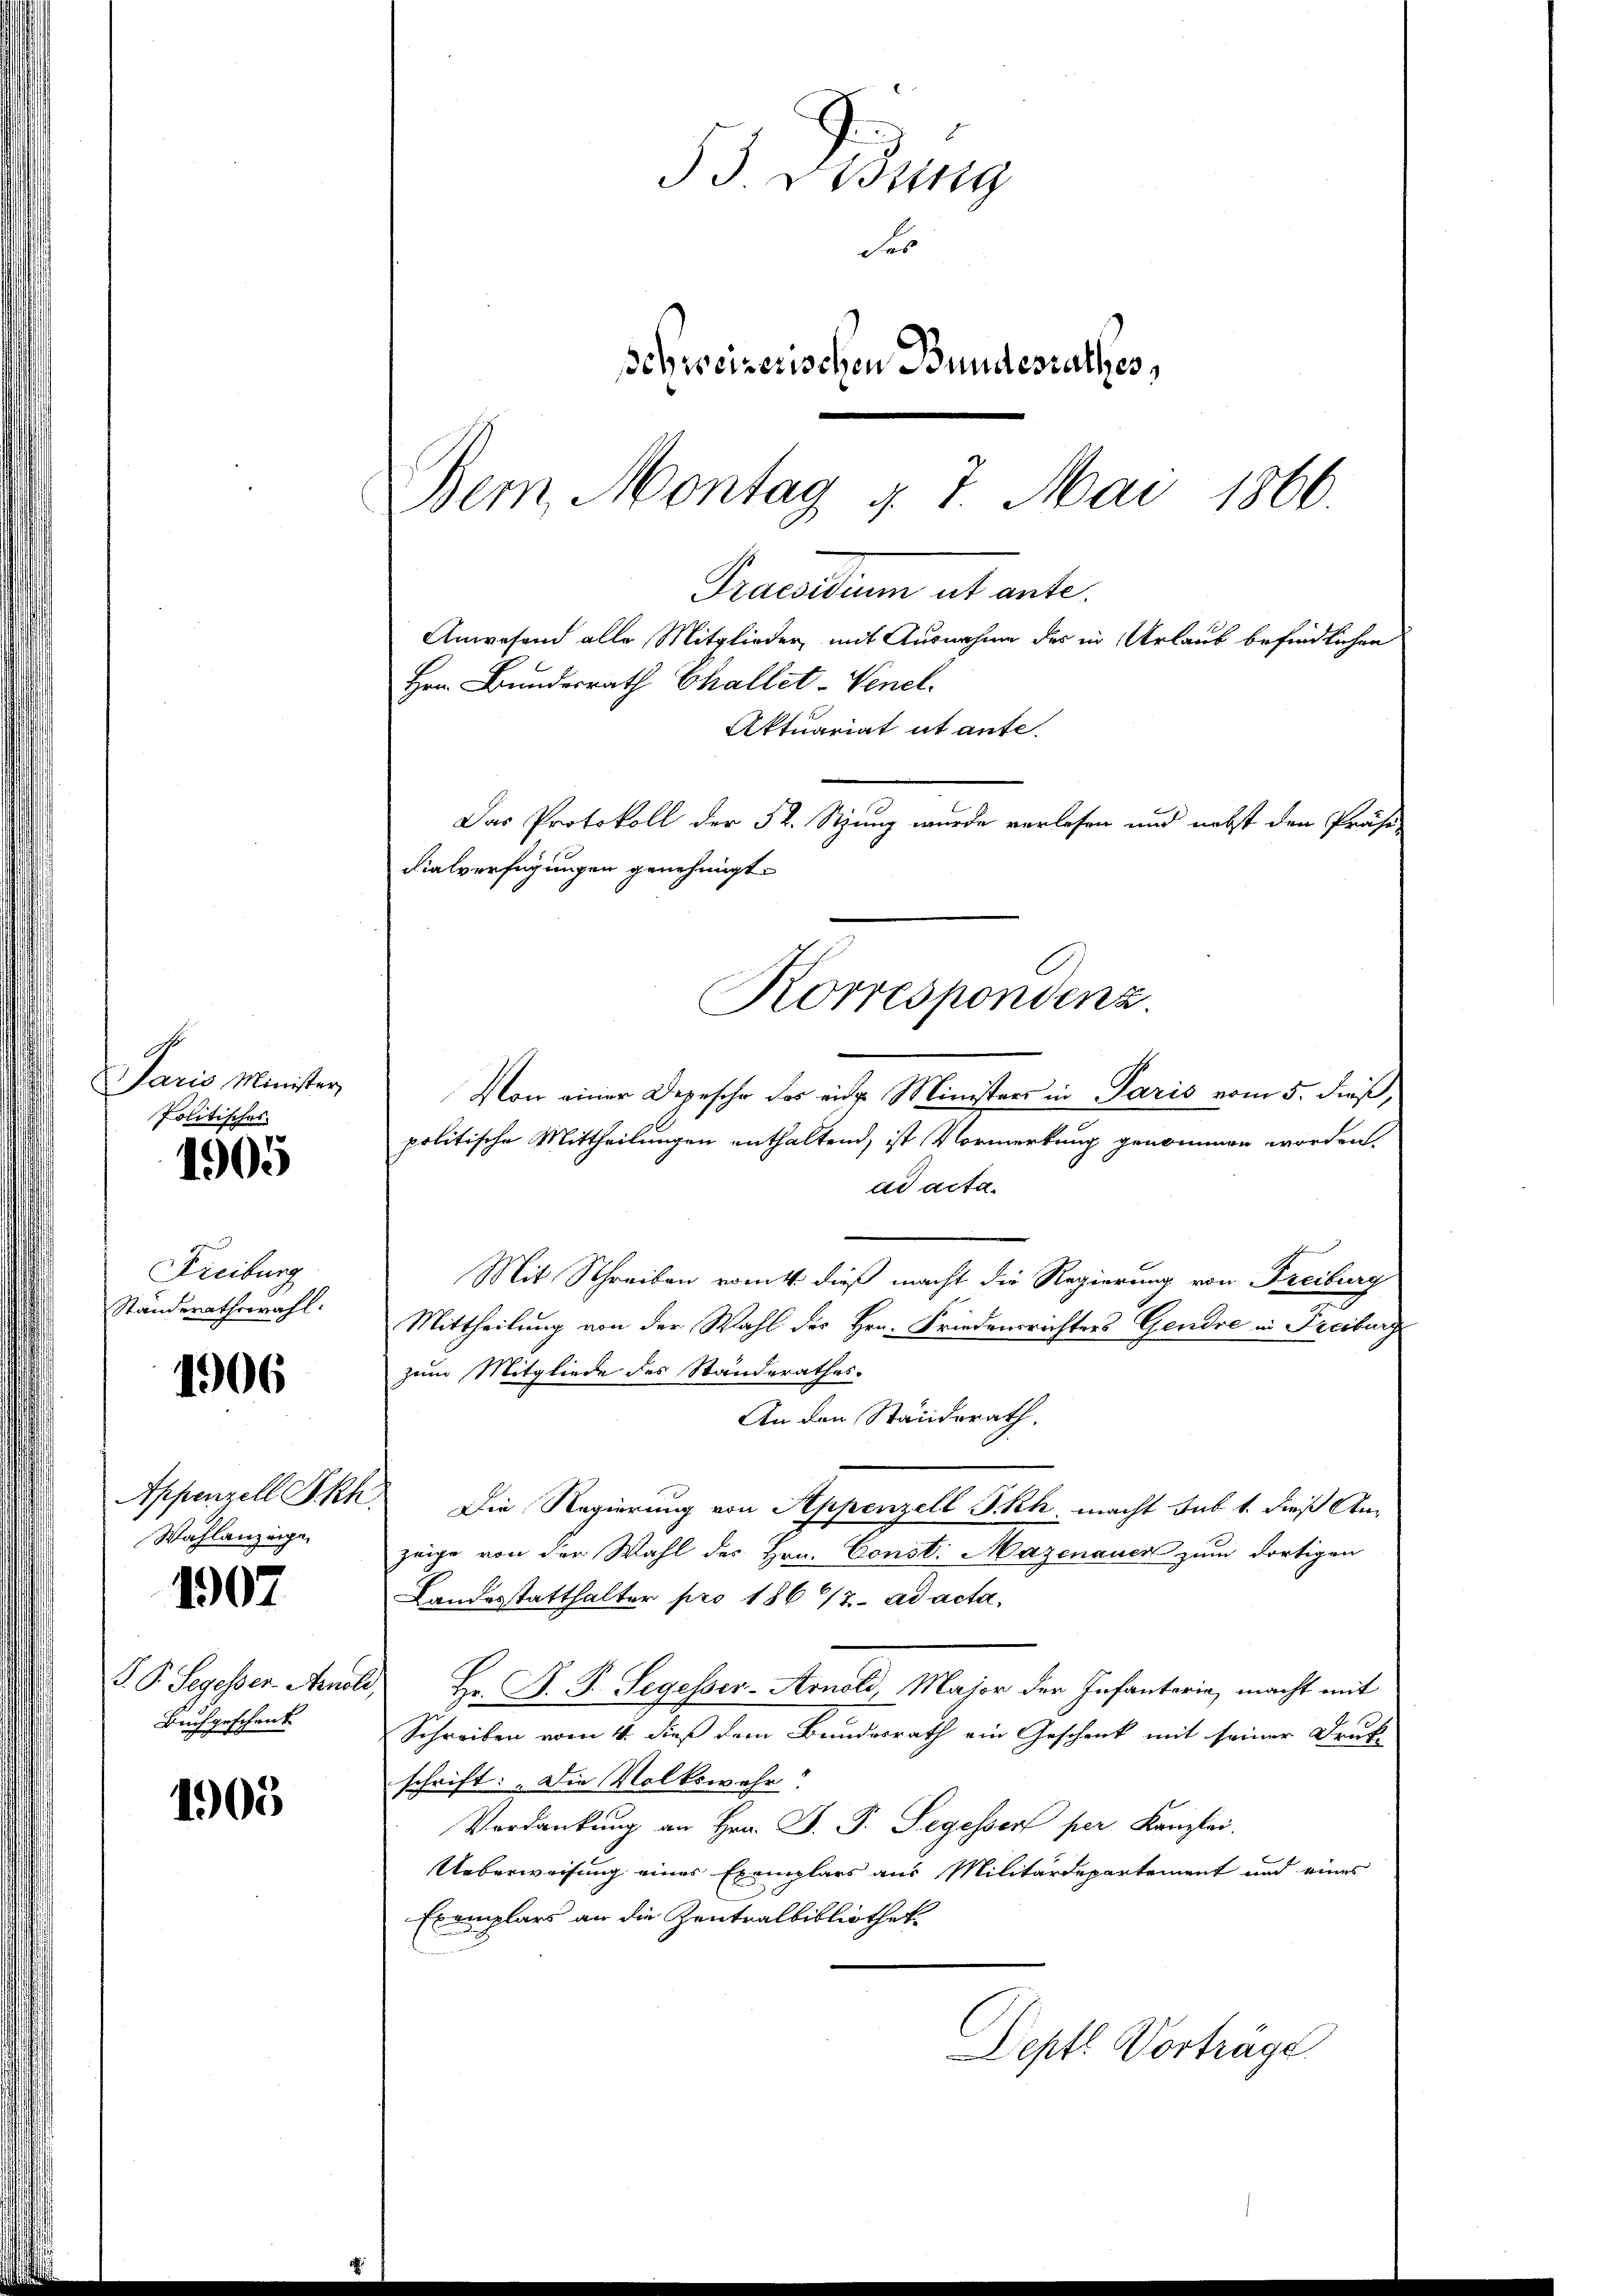
Jaris Minister,
Politisches.

1905

Freiburg
Standerathswahl.

1906

Wahlanzeige

V. P. Segessen Aendli
Buch geschenk

1907

1905

53 ridung
Fes
schweizerischen Bundesrathes,
Bern, Montag d. 7. Mai 1866.
Praesidium ut ante
Anwesend alle Mitglieder, mit Ausnahme des in Urlaub befindlichen
Hrn. Bundesrath Challet-Venel.
Aktuariat ut ante.

Das Protokoll der 5. Stzung wurde verlesen und nebst den Präsi-
dialverfügungen genehmigt.
Korrespondenz.

Von einer Depesche das eine Ministers in Paris vom 5. dieß,
politische Mittheilungen enthaltend, ist Vormerkung genommen worden.
dd acta.
Mit Schreiben romtt. dieß macht die Regierung von Freiburg
Mittheilung von der Wahl des Hrn. Friedensrichters Gendre in Freiburge
zum Mitgliede des Standerathes.
An den Standsrath.
Appenzell Ikk. Die Regierung von Appenzell P.Rh. macht sub 1. dieß Anzeige von der Wahl des Hrn. Const: Mazenauer zum dortigen
Landesstatthalter pro 1862 ad acta,
Hr. P. F. Segesser - Arnold, Major der Infanterie, macht mit
Schreiben vom 4. dieß dem Bundesrath ein Geschenk mit seiner Druk-
schrift: „Die Volkswahr?
Vordankung an Hrn. J. J. Segessen per Kanzlei.
Ueberweisung eines Exemplars aus Militärdepartement und eines
Exemplars an die Zentralbibliothek
Depfl Vorträge